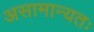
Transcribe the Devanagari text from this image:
असामान्यतः